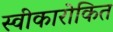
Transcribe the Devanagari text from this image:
स्वीकारोकित